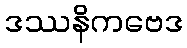
ဒဿနိကဗေဒ